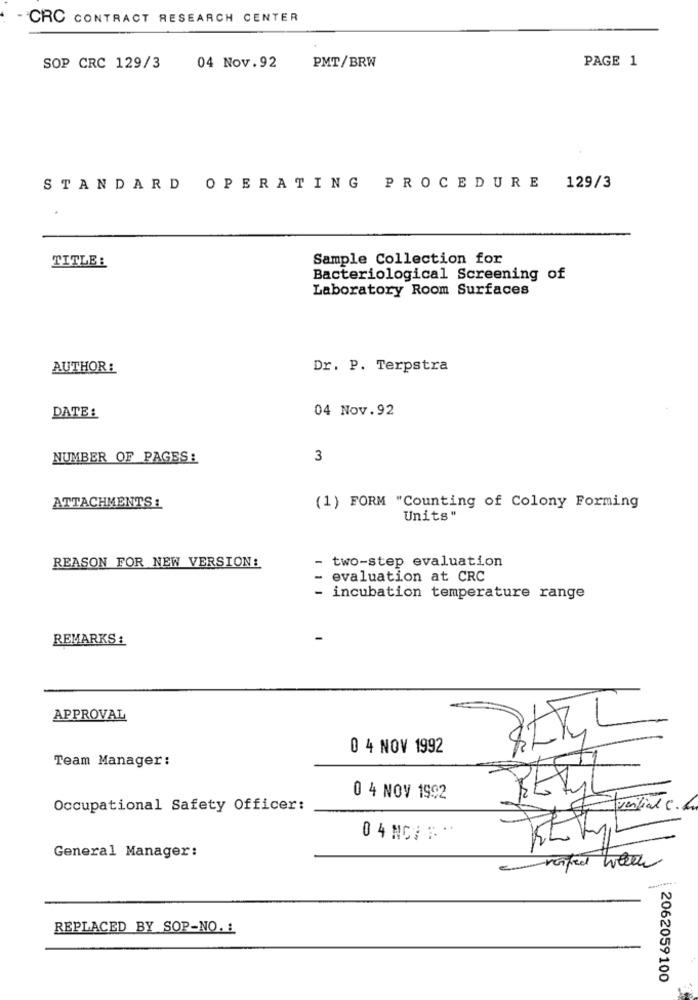
CRC CONTRACT RESEARCH CENTER
04 Nov.92
PMT/BRW
PAGE 1
SOP CRC 129/3
STANDARD OPERATING PROCEDURE 129/3
TITLE:
Sample Collection for
Bacteriological Screening of
Laboratory Room Surfaces
AUTHOR :
Dr. P. Terpstra
04 Nov.92
DATE :
NUMBER OF PAGES:
3
ATTACHMENTS :
(1) FORM "Counting of Colony Forming
Units"
two-step evaluation
REASON FOR NEW VERSION:
evaluation at CRC
incubation temperature range
REMARKS :
APPROVAL
0 4 NOV 1992
Team Manager:
0 4 NOV 1992
PETy
Occupational Safety Officer:
0 4 NC ;**
General Manager:
REPLACED BY SOP-NO. 1
2062059100